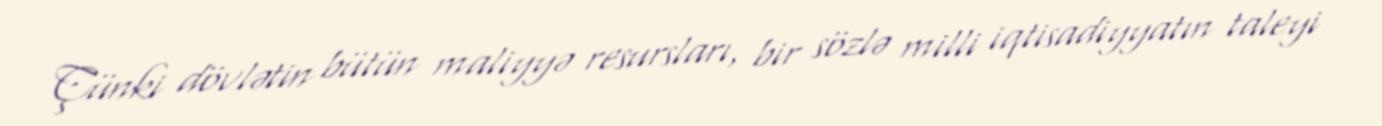
Çünki dövlətin bütün maliyyə resursları, bir sözlə milli iqtisadiyyatın taleyi